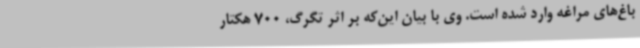
باغ‌های مراغه وارد شده است. وی با بیان این‌که بر اثر تگرگ، 700 هکتار